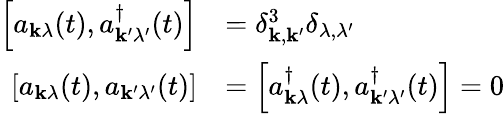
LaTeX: {\begin{array}{rl}{\left[a_{\mathbf{k}\lambda}(t),a_{\mathbf{k}^{\prime}\lambda^{\prime}}^{\dagger}(t)\right]}&{=\delta_{\mathbf{k},\mathbf{k}^{\prime}}^{3}\delta_{\lambda,\lambda^{\prime}}}\\ {\left[a_{\mathbf{k}\lambda}(t),a_{\mathbf{k}^{\prime}\lambda^{\prime}}(t)\right]}&{=\left[a_{\mathbf{k}\lambda}^{\dagger}(t),a_{\mathbf{k}^{\prime}\lambda^{\prime}}^{\dagger}(t)\right]=0}\end{array}}